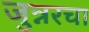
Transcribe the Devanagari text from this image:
जुन्नरचा